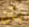
بأن